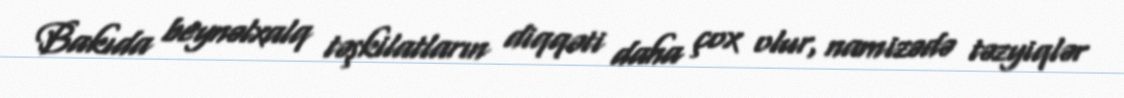
Bakıda beynəlxalq təşkilatların diqqəti daha çox olur, namizədə təzyiqlər